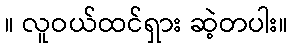
။ လူဝယ်ထင်ရှား ဆဲ့တပါး။